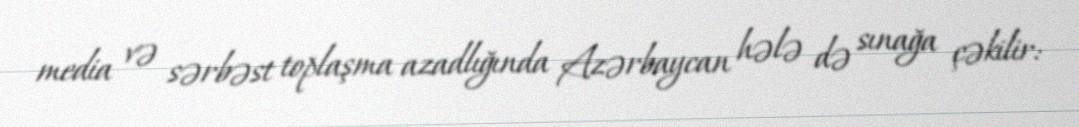
media və sərbəst toplaşma azadlığında Azərbaycan hələ də sınağa çəkilir: